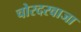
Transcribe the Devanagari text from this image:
चोरदरवाजा